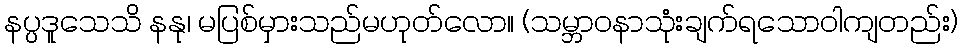
နပ္ပဒူသေသိ နနု၊ မပြစ်မှားသည်မဟုတ်လော။ (သမ္ဘာဝနာသုံးချက်ရသောဝါကျတည်း)